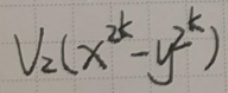
$V_2(x^{2k}-y^{2k})$